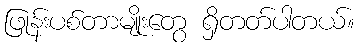
ဖြုန်းပစ်တာမျိုးတွေ ရှိတတ်ပါတယ်။